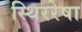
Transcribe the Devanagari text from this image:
स्थिररेषा